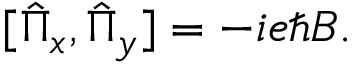
\begin{array} { r } { [ \hat { \Pi } _ { x } , \hat { \Pi } _ { y } ] = - i e \hbar B . } \end{array}